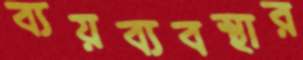
ব্যয়ব্যবস্থার